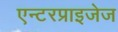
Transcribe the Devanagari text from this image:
एन्टरप्राइजेज